Statistical return of the lunatic asylum in Assam - 1912-1932
Year: 1912
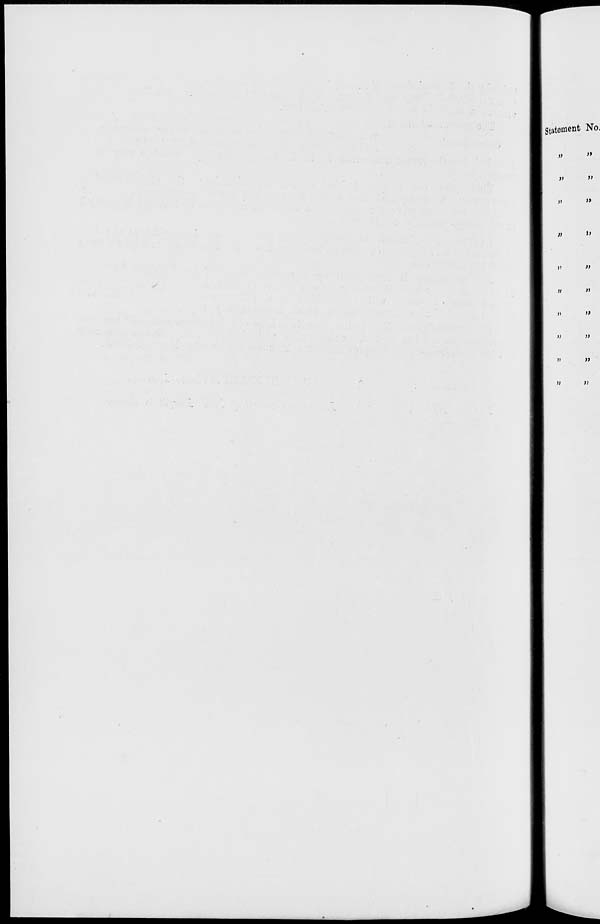
Statement No.
i>
»
»
»
»
>)
ii
»
»
»
>f
u
»
II
»
»
»